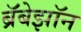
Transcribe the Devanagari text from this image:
ब्रॅबेझॉन